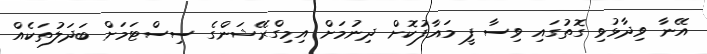
އޭނާ ވިދާޅުވި ގޮތުގައި ވިސާ ފީ މައާފުކޮށް ދިނުމަށް އިމިގްރޭޝަންގެ ސިސްޓަމަށް ބަދަލުތަކެއް